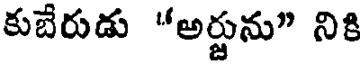
కుబేరుడు "అర్జును" నికి